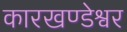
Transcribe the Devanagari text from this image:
कारखण्डेश्वर